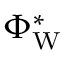
\Phi _ { \mathrm { W } } ^ { * }